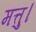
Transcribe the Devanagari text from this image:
मत्तु।